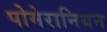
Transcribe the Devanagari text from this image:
पोमेरानियन